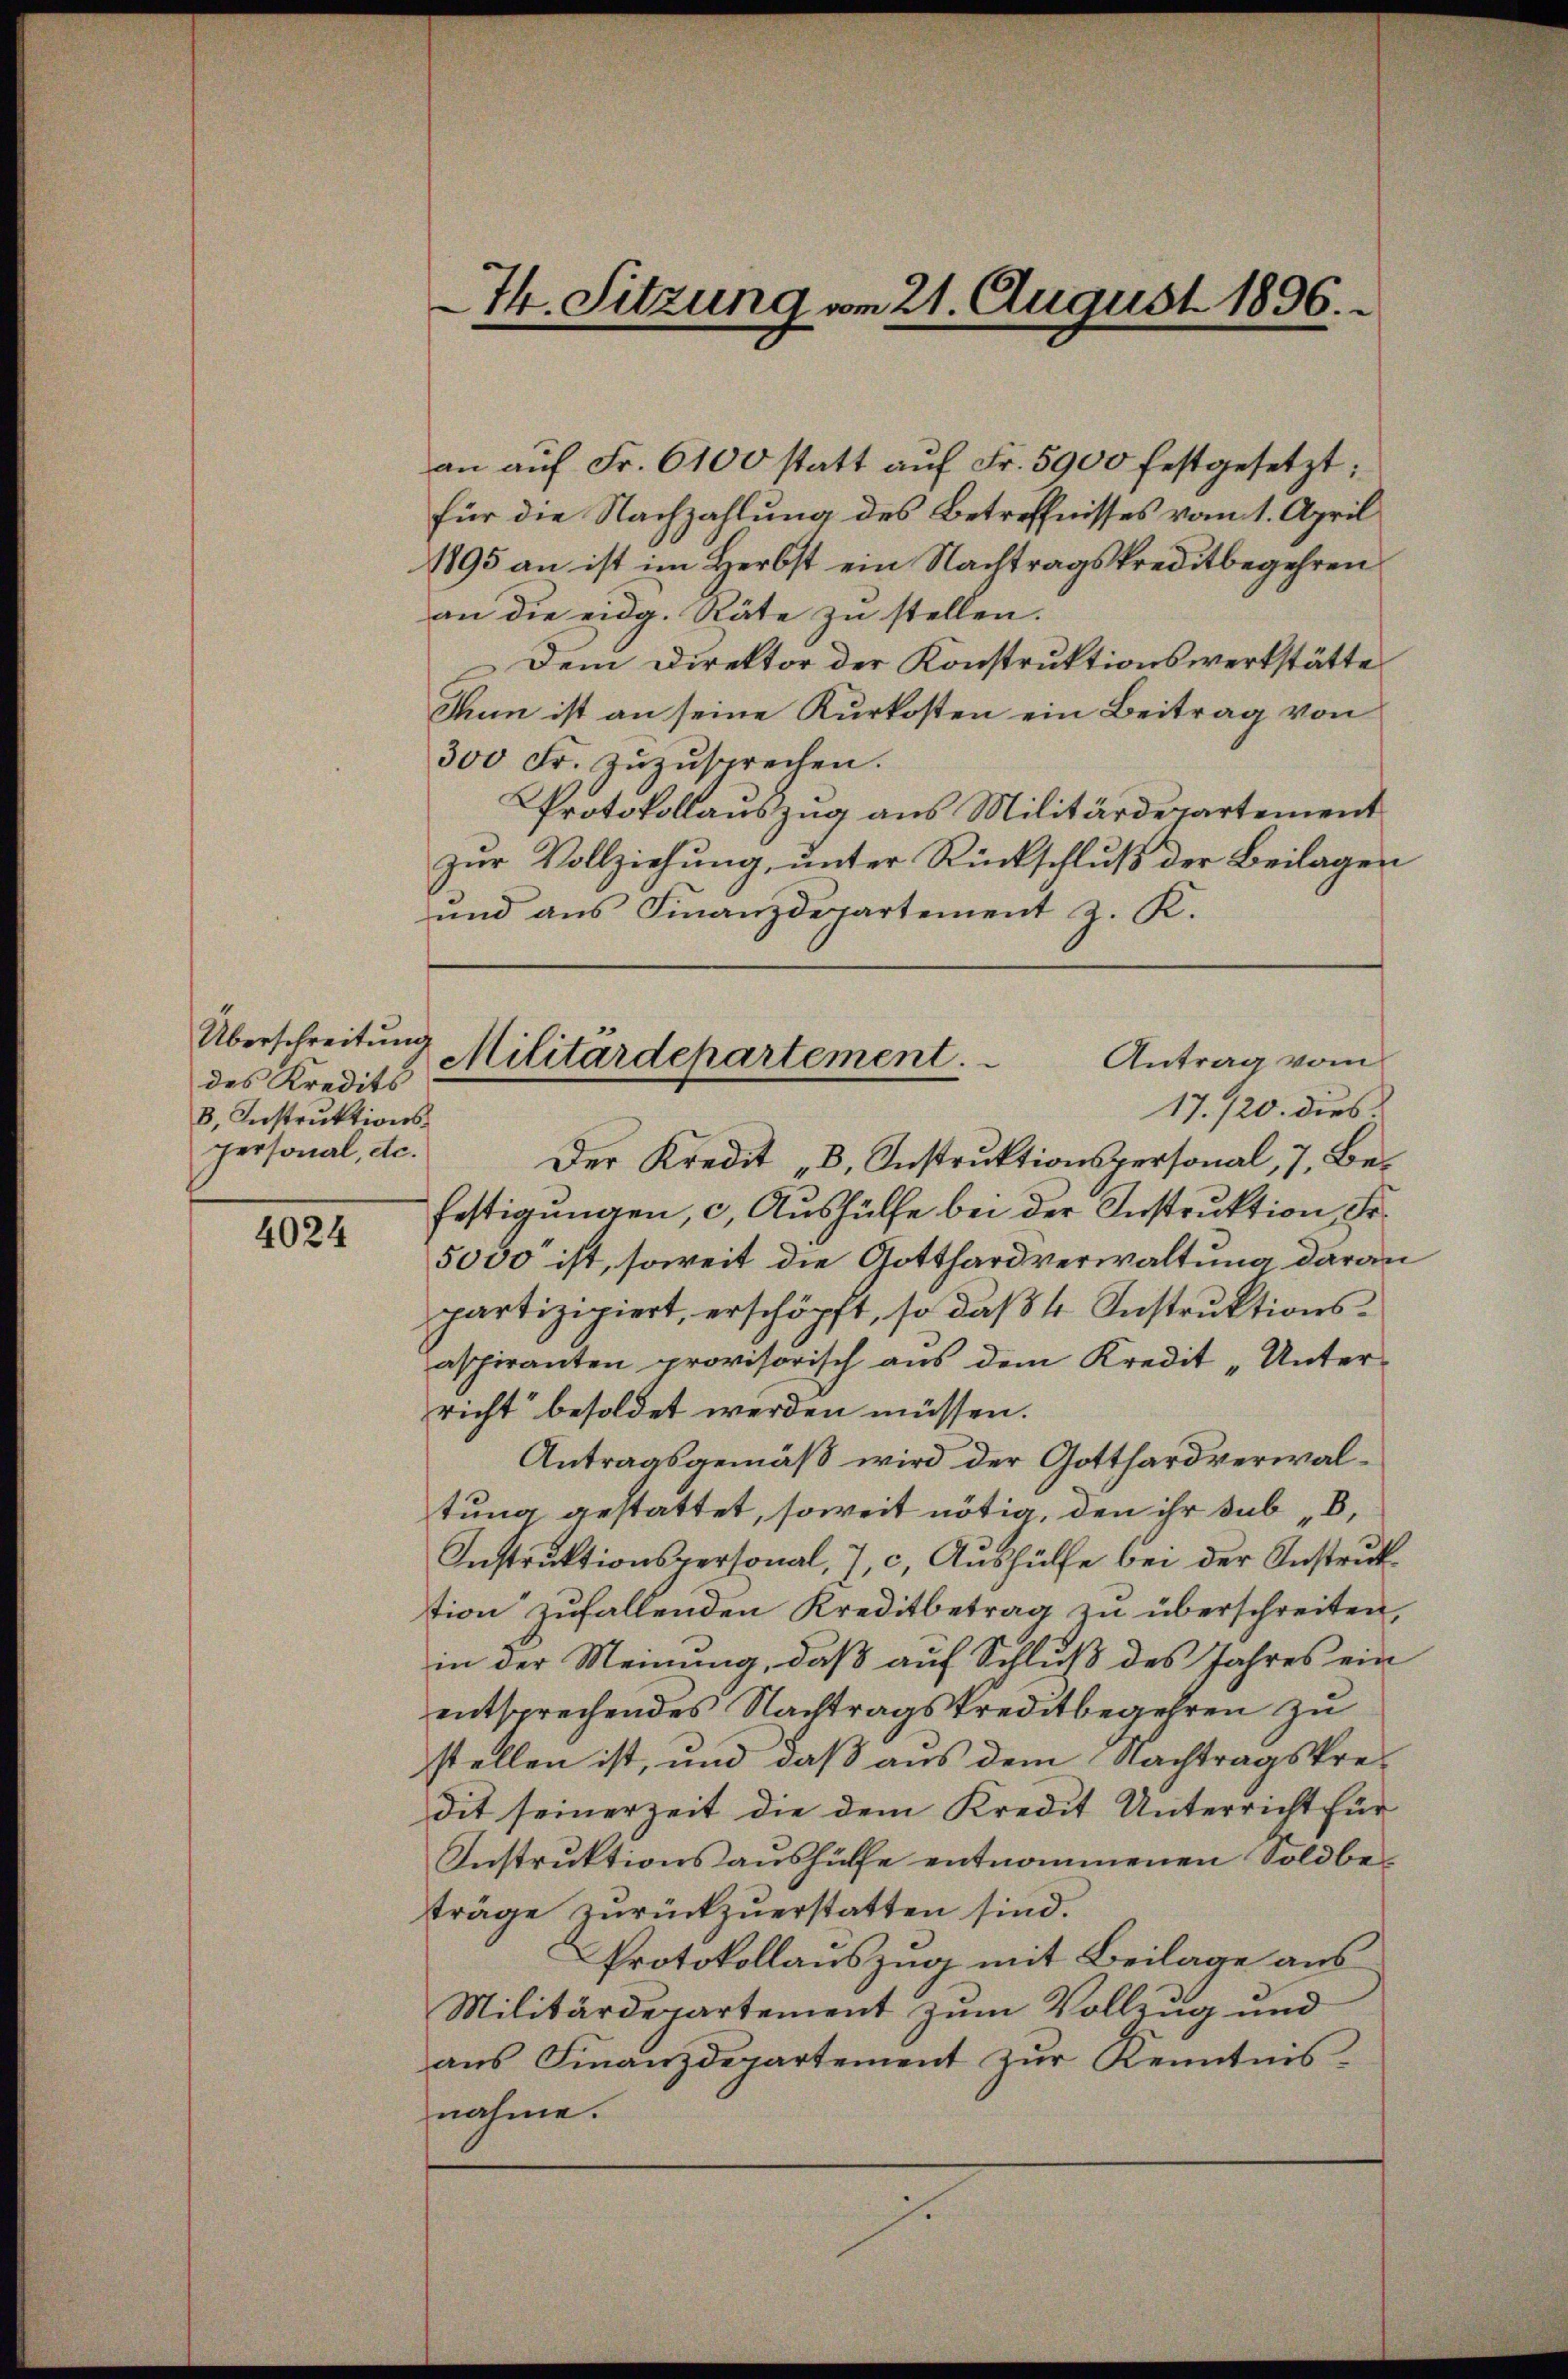
Überschreitung
des Kredits
3, Instruktionspersonal, etc.

4024

an aŭf Fr. 6100 statt aŭf Fr. 5900 festgesetzt;
für die Nachzahlung des Betreffnisses vom 1. April
1895 an ist im Herbst ein Nachtragskreditbegehren
an die eidg. Räte zu stellen.
Dem Direktor der Konstruktionswerkstätte
Thun ist an seine Kurkosten ein Beitrag von
300 Fr. zuzusprechen.
Protokollauszug aus Militärdepartement
zŭr Vollziehung, unter Rückschluß der Beilagen
und ans Finanzdepartement z. K.
17./20. dies
Der Kredit „B. Instrŭktionspersonal, 7, Befestigungen, c. Aushülfe bei der Instruktion, Fr.
5000 ist, soweit die Gotthardverwaltung daran
partizipiert, erschöpft, so daß 4 Instruktionsaspiranten provisorisch aus dem Kredit „Unter-
richt besoldet werden müssen.
Antragsgemäß wird der Gotthardverwaltung gestattet, soweit nötig, den ihr sub
Instruktionspersonal, 7, c, Aushülfe bei der Instruktion zufallenden Kreditbetrag zu überschreiten,
in der Meinung, daß auf Schluß des Jahres ein
entsprechendes Nachtragskreditbegehren zu
stellen ist, und daß aus dem Nachtragskredit seinerzeit die dem Kredit Unterricht für
Instruktionsaushülfe entnommenen Soldbeträge zurückzuerstatten sind.
Protokollauszug mit Beilage aus
Militärdepartement zum Vollzug und
ans Finanzdepartement zŭr Kenntnis-
nahme.

74. Sitzung am 21. August 1896.

Militärdepartement.
Antrag vom